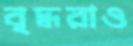
বৃদ্ধরাও